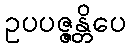
ဥပပဇ္ဇန္တိပေ